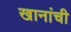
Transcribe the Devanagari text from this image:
खानांची